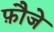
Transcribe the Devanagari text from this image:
फ़ौजे